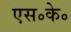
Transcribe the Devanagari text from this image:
एस॰के॰